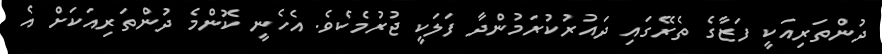
ދުންތަރިއަކީ ފަޒާގެ ތެރޭގައި ދައުރުކުރަމުންދާ ފަލަކީ ޖުރުމެކެވެ. އެހެނީ ކޮންމެ ދުންތަރިއަކަށް އެ